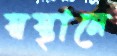
স্বস্থানে